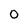
Character: O